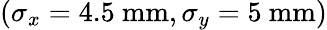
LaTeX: (\sigma_{x}=4.5~\mathrm{mm},\sigma_{y}=5~\mathrm{mm})